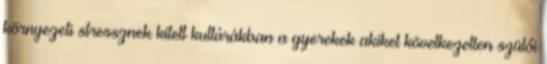
környezeti stressznek kitett kultúrákban a gyerekek akiket következetlen szülői